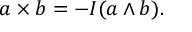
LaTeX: a \times b = - I ( a \wedge b ) .